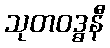
သုတဝဒ္ဓနီ